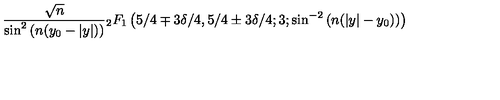
\frac { \sqrt { n } } { \sin ^ { 2 } \left( n ( y _ { 0 } - | y | ) \right) } { } _ { 2 } F _ { 1 } \left( 5 / 4 \mp 3 \delta / 4 , 5 / 4 \pm 3 \delta / 4 ; 3 ; \sin ^ { - 2 } \left( n ( | y | - y _ { 0 } ) \right) \right)